Report on vaccination in Madras 1904-1921 - 1904-1921
Year: 1904
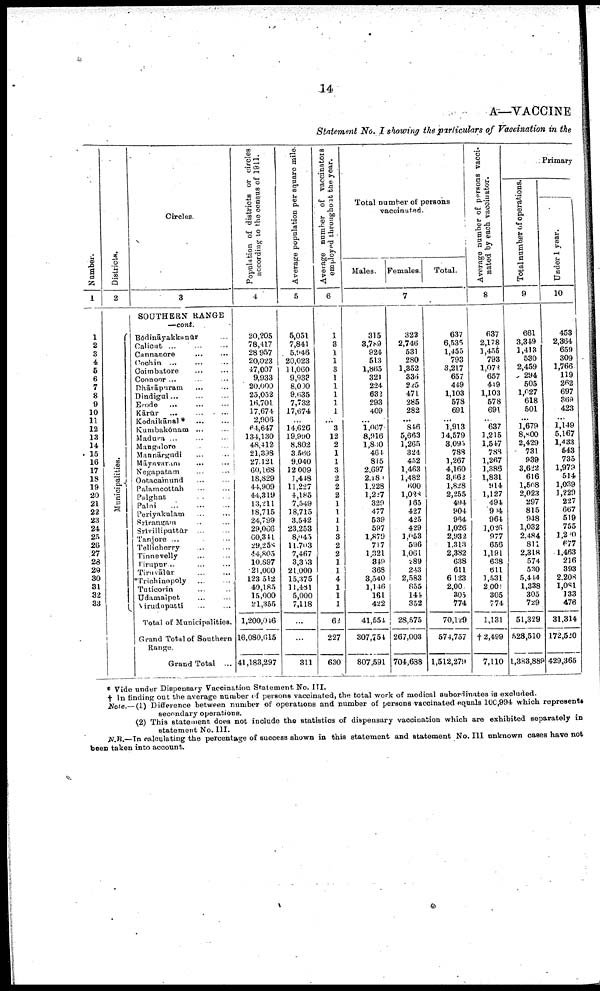
14
A—VACCINE
Statement No. I showing the particulars of Vaccination in the
Number.
1
1
2
3
4
5
6
7
8
9
10
11
12
13
14
15
16
17
18
19
20
21
22
23
24
25
26
27
28
29
30
31
32
33
Districts.
2
Municipalities.
Circles.
3
SOUTHERN RANGE
— cont.
Bōdināyakkunur...
Calicut.. ... ...
Cannanore... ... ...
Cochin... ... ...
Coimbatore... ... ...
Coonoor... ... ... ...
Dhārāpuram... ...
Dindigul... ... ...
Erode... ... ... ...
Kārūr... ... ... ...
Kodaikānal*...
...
Kumbakōnam... ...
Madura... ... ...
Mangalore... ... ...
Mannārgudi... .... ...
Māyavaram... ... ...
Negapatam... ...
Ootacamund... ... ...
Palamcottah... ... ...
Palghat... ... ... ...
Palni... ... ... ...
Periyakulam... ... ...
Srirangam... ... ...
Srivilliputtūr... ... ...
Tanjore... ... ... ...
Tellicherry... ... ...
Tinnevelly... ... ... ...
Tirupur...
Tiruvālūr
...
...
Triohinopoly
Tuticorin... ... ...
Udamaipet... ... ...
Virudnpatti... ... ... ...
Total of Municipalities.
Grand Total of Southern
Range.
Grand Total ...
Population of districts or circles
according to the census of 1811.
4
20,205
78,417
28,957
20,023
47,007
9,933
20,000
25,032
16,701
17,674
2,906
64,647
134,130
48,412
21,338
27,121
60,168
18,829
44,909
44,319
13,211
18,715
24,799
29,066
60,341
29,258
44,805
10,897
21,000
123,512
40,185
15,000
21,355
1,200,046
16,080,615
41,183,297
Average population per square mile.
5
5,051
7,841
5,946
20,023
11,060
9,938
8,000
9,635
7,732
17,674
...
14,626
19,990
8,802
3,566
9,040
12,009
1,448
11,227
4,185
7,549
18,715
3,542
23,253
8,045
11,793
7,467
8,353
21,000
15,375
11,481
5,000
7,118
...
...
311
Average number of vaccinators
employed throughout the year.
6
1
3
1
1
3
1
1
1
1
1
...
3
12
2
1
1
3
2
2
2
1
1
1
1
3
2
2
1
1
4
1
1
1
62
227
630
Total number of persons
vaccinated.
Males. Females.
Total.
7
315
3,789
924
513
1,865
321
224
632
293
409
...
1,067
8,916
1,830
46.4
815
2,697
2,181
1,228
1,227
329
477
539
597
1,879
717
1,321
349
368
8,540
1,146
161
422
41,554
307,754
807,591
322
2,746
531
280
1,352
336
225
471
285
282
...
84.6
5,663
1,265
324
452
1,463
1,482
600
1,028
165
427
425
429
1,053
596
1,061
289
243
2,583
855
144
352
28,575
267,003
704,638
637
6,535
1,455
793
3,217
657
449
1,103
578
691
...
1,913
14,579
3,095
788
1,267
4,160
3,663
1,828
2,255
494
904
964
1,026
2,932
1,313
2,382
638
611
6 123
2,00
305
774
70,129
574,757
1,512,279
Average numher of persons vacci
nated by each vaccinator.
8
637
2,178
1,455
793
1,072
657
449
1,103
578
691
...
637
1,215
1,547
788
1,267
1,386
1,831
914
1,127
494
904
964
1,026
977
656
1,191
638
611
1,531
2,000
305
774
1,131
† 2,499
7,110
Primary
Total number of operations.
9
661
3,349
1,413
530
2,459
294
505
1,027
618
501
...
1,679
8,800
2,429
731
939
3,622
616
1,508
2,023
297
815
948
1,032
2,484
811
2,318
574
530
5,414
1,338
305
729
51,329
528,510
1,383,889
Under 1 year.
10
453
2,364
659
309
1,766
119
262
697
369
423
...
1,149
5,167
1,433
543
735
1,979
514
1,039
1,229
227
667
519
755
1,240
677
1,463
216
393
2.20*
1,081
133
476
31,314
172,520
429,365
* Vide under Dispensary Vaccination Statement No. III.
† In finding out the average number of persons vaccinated, the total work of medical subordinates is excluded.
Note.—(1) Difference between number of operations and number of persons vaccinated equals 100,994 which represents
secondary operations.
(2) This statement does not include the statistics of dispensary vaccination which are exhibited separately in
statement No. III.
N.B.—In calculating the percentage of success shown in this statement and statement No. III unknown cases have not
been taken into account.